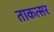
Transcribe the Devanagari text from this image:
ताकत्सर